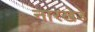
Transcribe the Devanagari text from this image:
नारखेडे